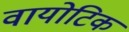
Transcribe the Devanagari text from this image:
वायोटिक